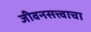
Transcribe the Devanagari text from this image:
जीवनसत्त्वाचा